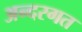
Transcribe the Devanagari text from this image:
अन्दरगत